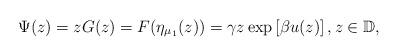
LaTeX: \begin{align*}\Psi(z)=zG(z)=F(\eta_{\mu_{1}}(z))=\gamma z\exp\left[\beta u(z)\right],z\in\mathbb{D},\end{align*}